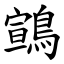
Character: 䳦